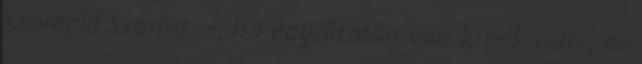
szereplő szerint –, ha egyáltalán van kinek adni, és